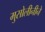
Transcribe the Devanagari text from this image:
मुसोलीनीने